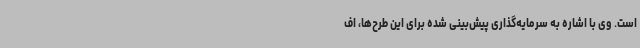
است. وی با اشاره به سرمایه‌گذاری پیش‌بینی شده برای این طرح‌ها، اف